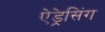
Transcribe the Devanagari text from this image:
ऐड्रेसिंग